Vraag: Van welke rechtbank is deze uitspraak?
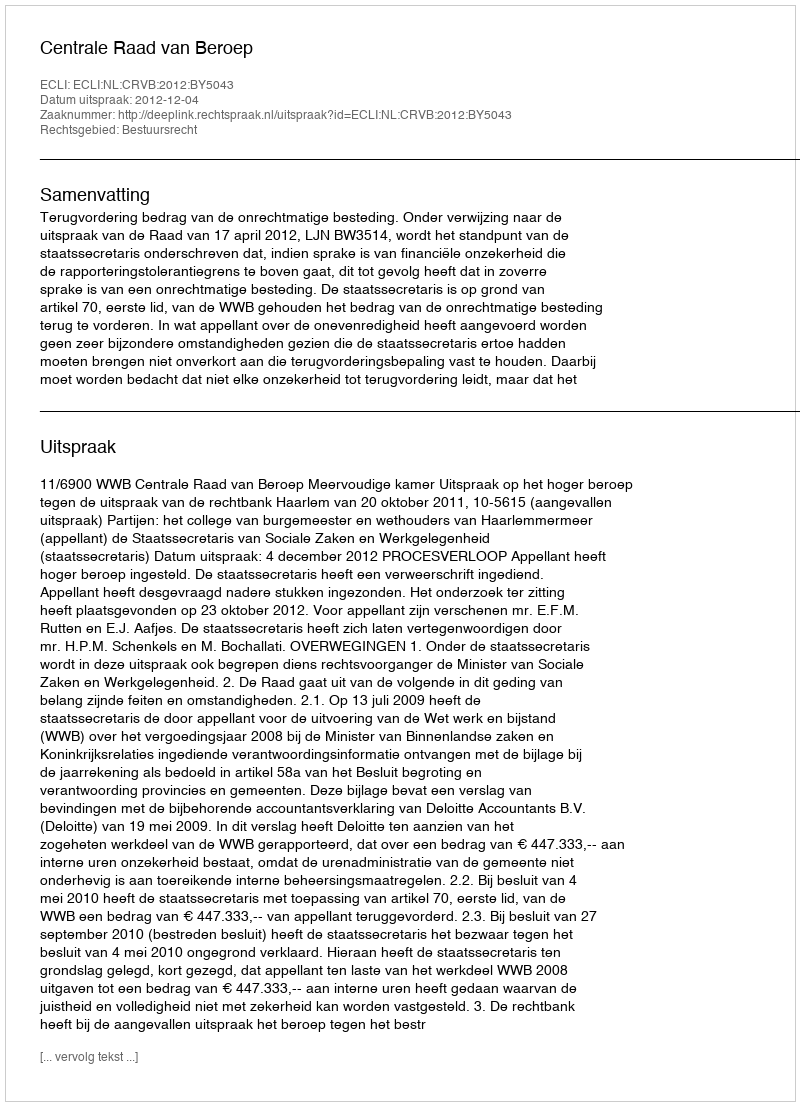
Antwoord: Centrale Raad van Beroep